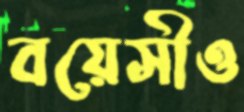
বয়েসীও